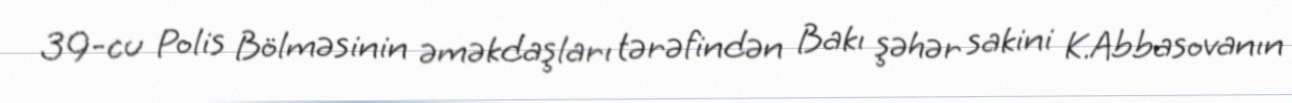
39-cu Polis Bölməsinin əməkdaşları tərəfindən Bakı şəhər sakini K.Abbasovanın